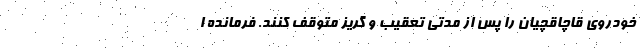
خودروی قاچاقچیان را پس از مدتی تعقیب و گریز متوقف کنند. فرمانده ا